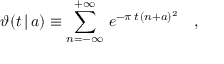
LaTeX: \vartheta ( t \, | \, a ) \equiv \sum _ { n = - \infty } ^ { + \infty } \, e ^ { - \pi \, t \, ( n + a ) ^ { 2 } } \quad ,